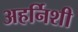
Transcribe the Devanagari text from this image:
अहर्निशी